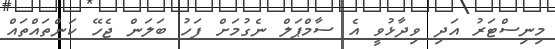
މިނިސްޓަރު އަދި ވިދާޅުވީ އެ ސާމްޕަލް ނެގުމަށް ފަހު ބަލަން ޖެހޭ ކަންތައްތައް